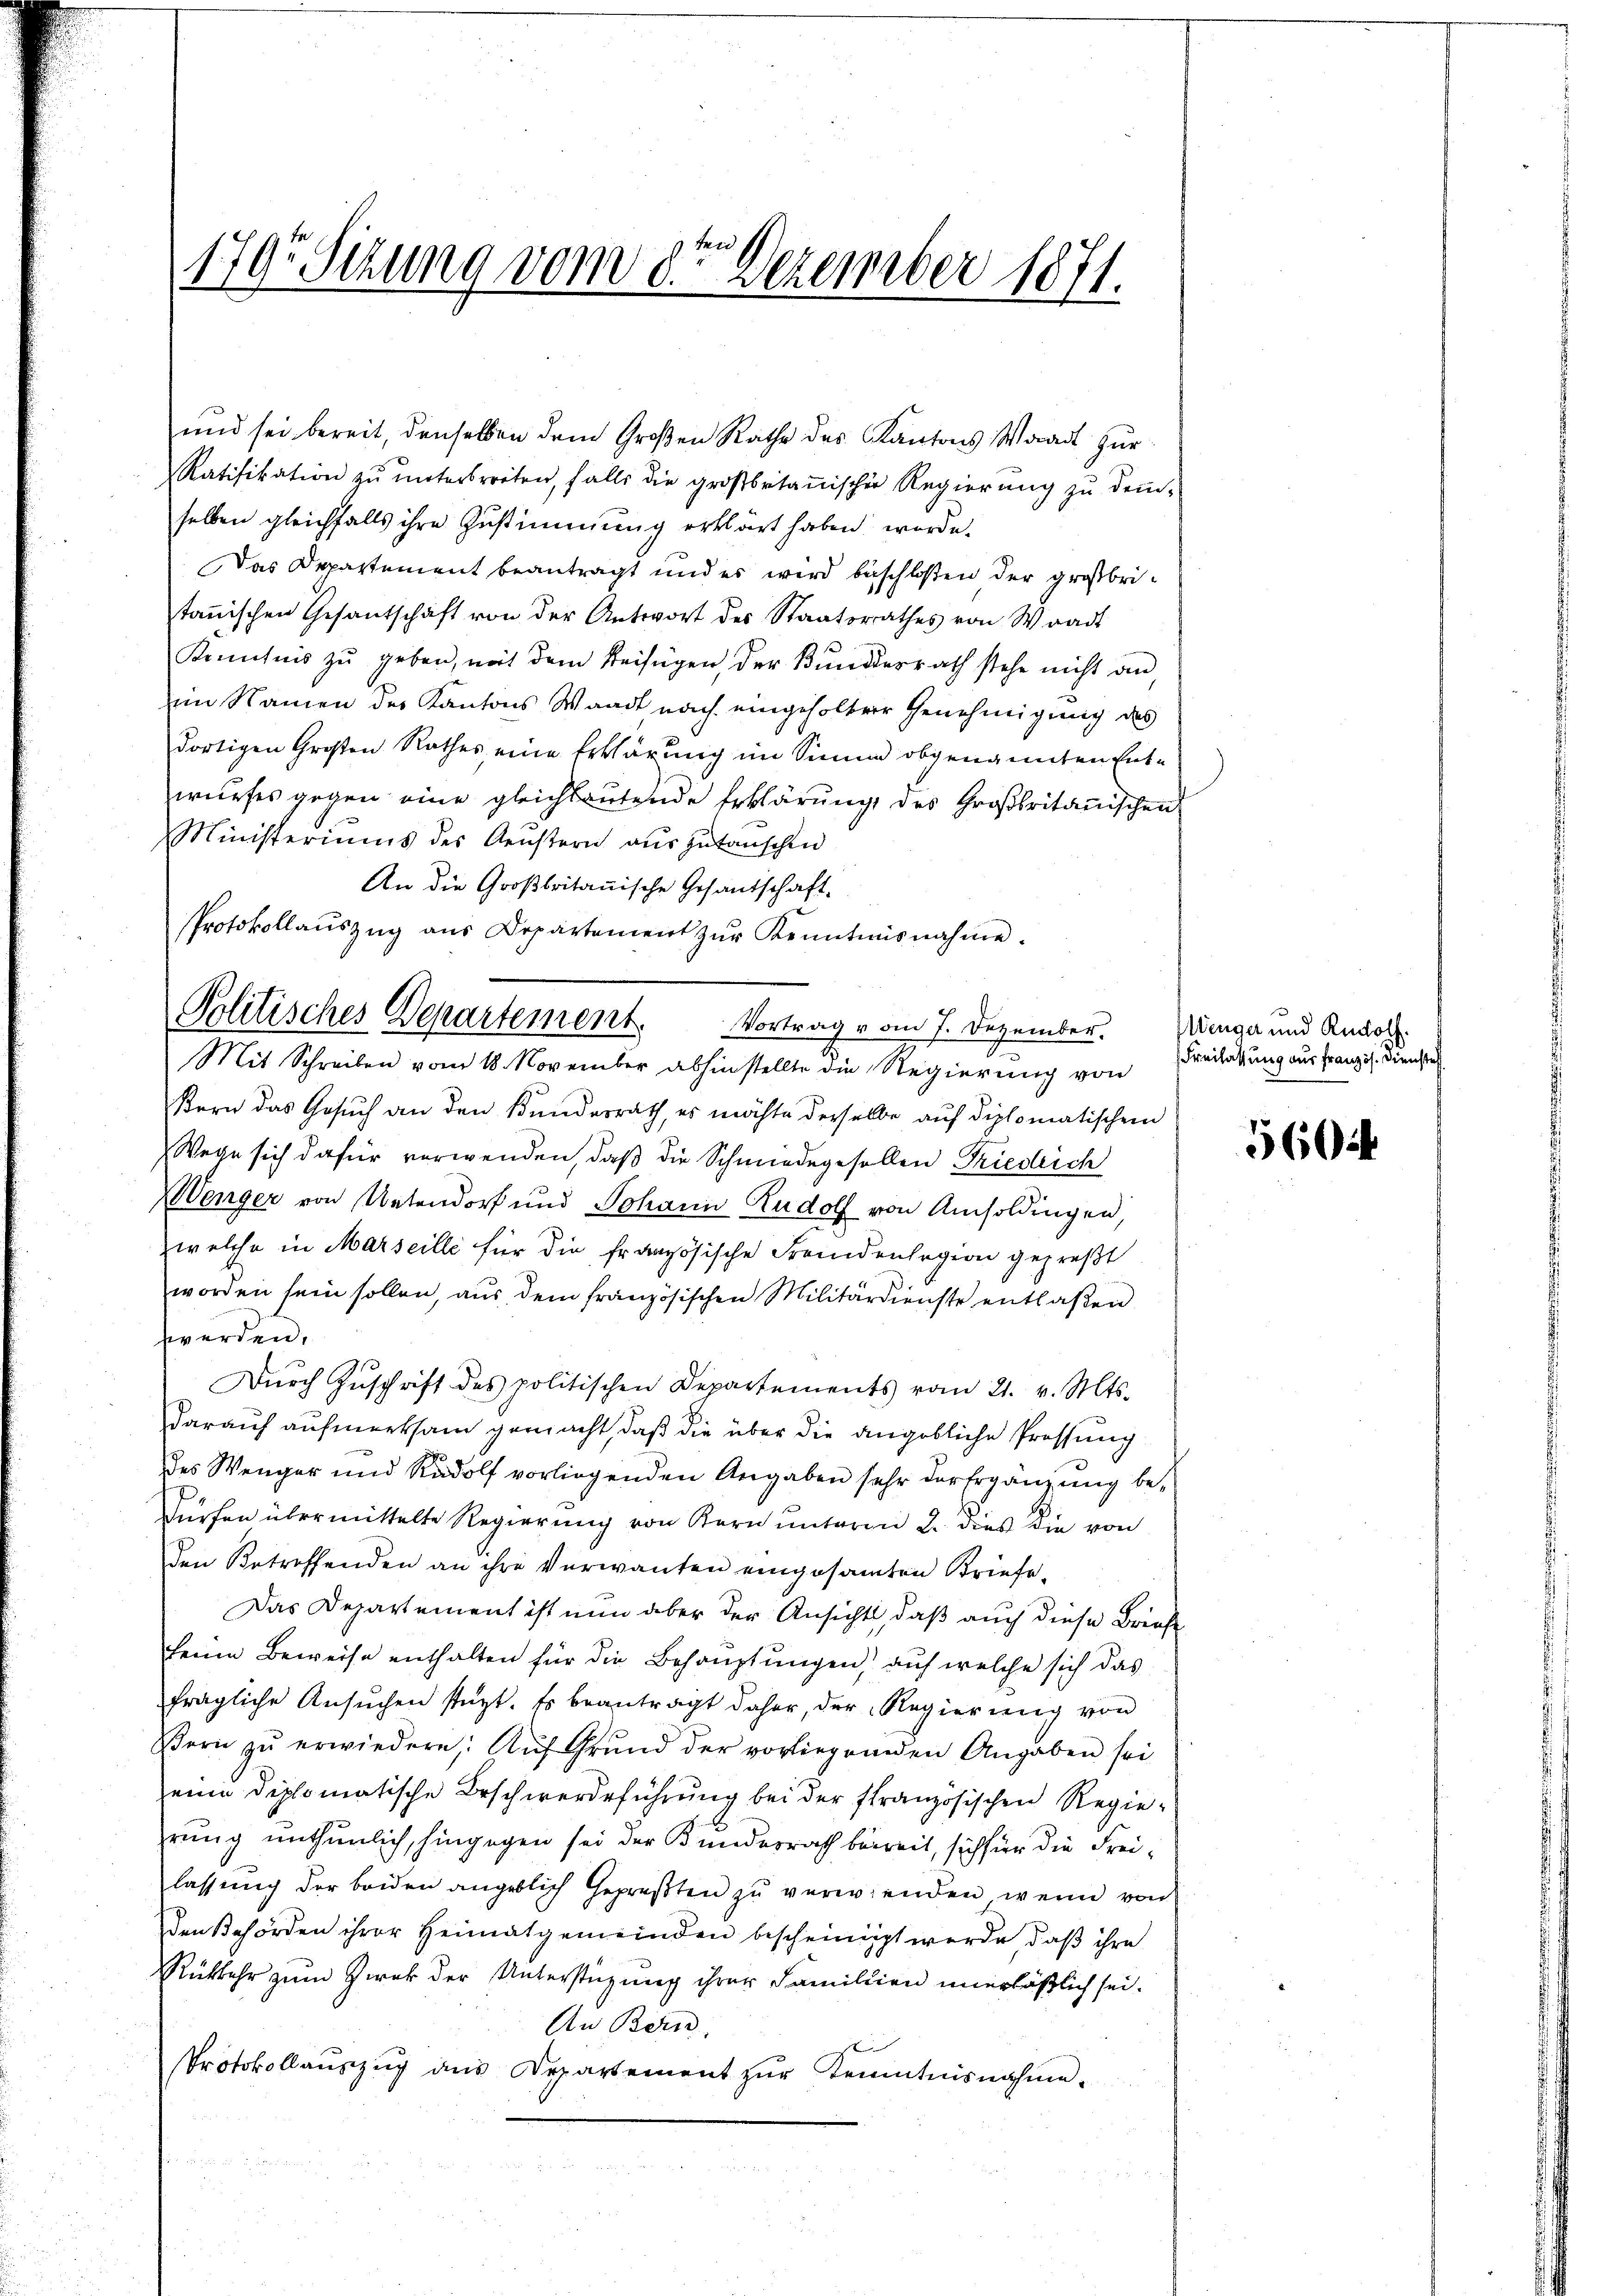
1797 Sitzung vom 3te͇n Dezember 1871.

und sei bereit, denselben dem Großen Rathe des Kantons Waadt zur
Ratifikation zŭ ŭnterbreiten, falls die großbritanischer Regierŭng zŭ dem-
selben gleichfalls ihre Zustimmung erklärt haben worde.
Das Departement beantragt und es wird beschloßen der großbritanischen Gesantschäft von der Antwort des Staatsrathes von Waadt
Kenntnis zu geben, mit dem Beifügen, der Bundesrath stehe nicht an,
im Namen des Kantons Waadt nach eingeholter Genehmigung des
dortigen Großen Rathes, eine Erklärung im Sinne obgenannten Entwŭrfes gegen eine gleichbaŭtende Erklärŭng des Großbritanischen
Ministeriums des Aeustern auszutauschen
An die Großbritanische Gesandschaft.
Bern das Gesuch an den Bundesrath, es möchte derselbe auf diplomatischen
Wege sich dafür verwenden, daß die Schmiedegesellen Friedrich
Wenger von Untendorf und Johann Rudolf von Amsoldingen,
zwelche in Marseille für die französische Fremdenlegion gepreßt
worden sein sollen, aus dem französischen Militärdienste entlaßen
werden.
Dŭrch Zŭschrift des politischen Departements vom 21. v. Mts.
darauf aufmerksam gemacht, daß die über die angebliche Prossung
des Wenger und Radolf vorliegenden Angaben sehr derErgänzung bedürfen übermittelte Regierung von Kern unterm 2. dies die von
den Betreffenden an ihre Verwanten eingesamten Briefe¬
Das Departement ist nun aber der Ansichts, daß auch diese Briefe
feine Beweise enthalten für die Behauptungen, auf welche sich das
fragliche Ansŭchen stützt. Es beanträgt daher, der Regierŭng von
Bern zŭ erwiedern Aŭf Grŭnd der vorliegenden Angaben sei
eine diplomatische Beschwerdeführung bei der französischen Regie-
rung unthunlich, hingegen sei der Bundesrath bereit, sich für die Freilassung der beiden angeblich gepresten zu verwenden, wenn von
Den Behörden ihrer Heimatgemeinden bescheinigt werde, daß ihre
Rükkehr zum Zwek der Unterstüzung ihrer Familien unerläßlich sei.
Au Bern,
Protokollaŭszŭg ans Departement zŭr Kenntnisnahme,
 2

Protokollaŭszŭg aŭs Departement zŭr Kenntnisnahme.
Politisches Departement. Vortrag vom 7. Dezember. Menge und Rudol
Mit Schreiben vom 18. November abhinstellte die Regierung von

Freilassung aus Französ. Dienstel

560